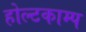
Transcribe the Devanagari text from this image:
होल्टकाम्प